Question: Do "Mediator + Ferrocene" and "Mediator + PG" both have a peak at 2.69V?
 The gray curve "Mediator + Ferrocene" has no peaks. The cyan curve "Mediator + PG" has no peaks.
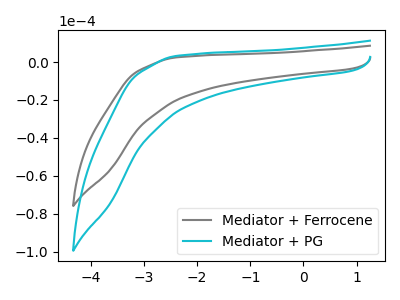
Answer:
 <answer>No, "Mediator + Ferrocene" and "Mediator + PG" dont share a peak at 2.69V.</answer>
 <eval>mismatch</eval>